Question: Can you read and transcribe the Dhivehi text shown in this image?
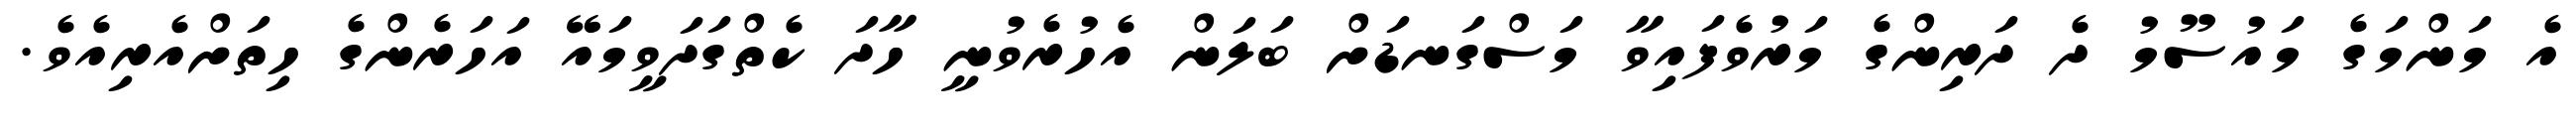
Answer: އެ މަންމަގެ މައުސޫމު ދެ ދަރިންގެ މަރުވެފައިވާ މަސްގަނޑަށް ބަލަން އެހުރެވުނީ ހާދަ ކެތްގަދަވީމައޭ އަހަރެންގެ ހިތަށްއެރިއެވެ.